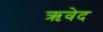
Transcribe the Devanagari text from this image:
ऋवेद